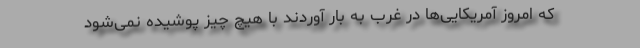
که امروز آمریکایی‌ها در غرب به بار آوردند با هیچ چیز پوشیده نمی‌شود